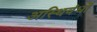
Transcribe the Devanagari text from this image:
अस्थिवंधों